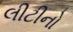
લીટીનો